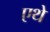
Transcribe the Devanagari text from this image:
एथे